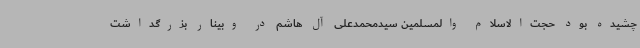
چشیده بود حجت‌الاسلام والمسلمین سیدمحمدعلی آل هاشم در وبینار بزرگداشت